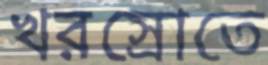
খরস্রোতে